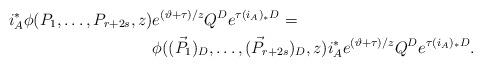
LaTeX: \begin{align*} i_ A^*\phi(P_1, \dots, P_{r+2s} , z) &e^{(\vartheta+\tau)/z} Q^De^{\tau(i_A)_*D } =\\&\phi(({\vec P} _1)_D, \dots, ({\vec P} _{r+2s} )_D, z) i_ A^* e^{(\vartheta+\tau)/z} Q^De^{\tau(i_A)_*D } .\end{align*}